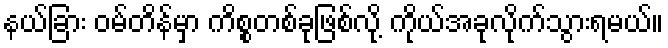
နယ်ခြား ဝမ်တိန်မှာ ကိစ္စတစ်ခုဖြစ်လို့ ကိုယ်အခုလိုက်သွားရမယ်။